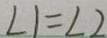
\angle 1 = \angle 2